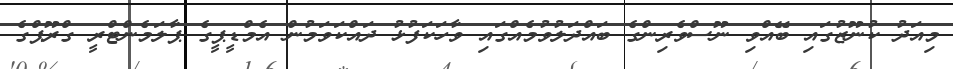
މިއަދު ކުނޫޒުގައި ބޭއްވި ނޫސްވެރިންގެ ބައްދަލުވުމެއްގައި ވާހަކަފުޅު ދައްކަވަމުން އެމްޑީޕީގެ ޕާލަމެންޓްރީ ގްރޫޕްގެ